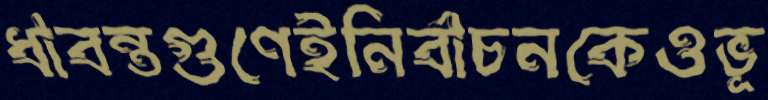
ধাবন্তগুণেইনির্বাচনকেওভূ